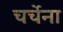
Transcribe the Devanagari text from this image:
चर्चेना